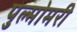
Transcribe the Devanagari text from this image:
पुल्मोमरी